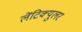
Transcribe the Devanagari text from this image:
लेंटिक्युलर